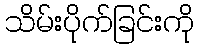
သိမ်းပိုက်ခြင်းကို